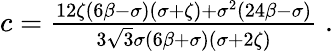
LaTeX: \begin{array}{r}{c=\frac{12\zeta(6\beta-\sigma)(\sigma+\zeta)+\sigma^{2}(24\beta-\sigma)}{3\sqrt{3}\sigma(6\beta+\sigma)(\sigma+2\zeta)}\; .}\end{array}